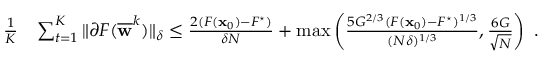
\begin{array} { r l } { \frac { 1 } { K } } & { \sum _ { t = 1 } ^ { K } \| \partial F ( \overline { { { \mathbf w } } } ^ { k } ) \| _ { \delta } \leq \frac { 2 ( F ( { \mathbf x } _ { 0 } ) - F ^ { \star } ) } { \delta N } + \operatorname* { m a x } \left( \frac { 5 G ^ { 2 / 3 } ( F ( { \mathbf x } _ { 0 } ) - F ^ { \star } ) ^ { 1 / 3 } } { ( N \delta ) ^ { 1 / 3 } } , \frac { 6 G } { \sqrt { N } } \right) ~ . } \end{array}